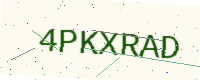
Text: 4PKXRAD